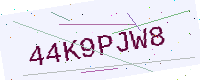
Text: 44K9PJW8